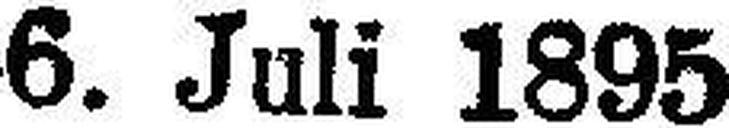
6. Juli 1895